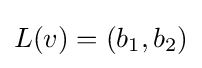
L(v)=(b_{1},b_{2})